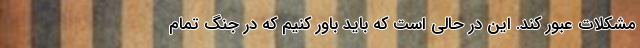
مشکلات عبور کند. این در حالی است که باید باور کنیم که در جنگ تمام